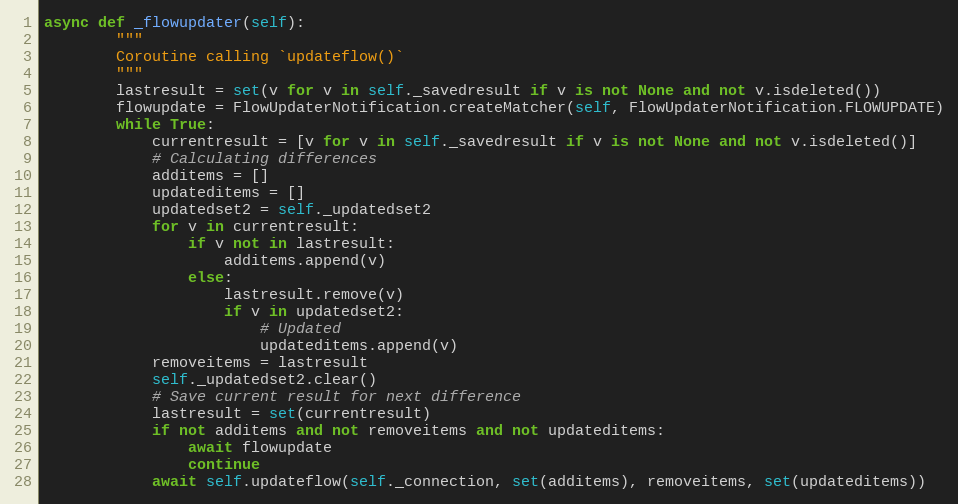
Language: Python
async def _flowupdater(self):
        """
        Coroutine calling `updateflow()`
        """
        lastresult = set(v for v in self._savedresult if v is not None and not v.isdeleted())
        flowupdate = FlowUpdaterNotification.createMatcher(self, FlowUpdaterNotification.FLOWUPDATE)
        while True:
            currentresult = [v for v in self._savedresult if v is not None and not v.isdeleted()]
            # Calculating differences
            additems = []
            updateditems = []
            updatedset2 = self._updatedset2
            for v in currentresult:
                if v not in lastresult:
                    additems.append(v)
                else:
                    lastresult.remove(v)
                    if v in updatedset2:
                        # Updated
                        updateditems.append(v)
            removeitems = lastresult
            self._updatedset2.clear()
            # Save current result for next difference
            lastresult = set(currentresult)
            if not additems and not removeitems and not updateditems:
                await flowupdate
                continue
            await self.updateflow(self._connection, set(additems), removeitems, set(updateditems))